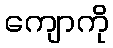
ကျောကို